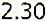
2.30